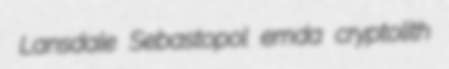
Lansdale Sebastopol emda cryptolith